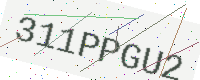
Text: 311PPGU2